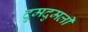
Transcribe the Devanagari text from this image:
दुमदुमली